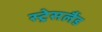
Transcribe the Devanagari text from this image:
स्ट्रेसलैंड